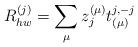
LaTeX: \begin{align*}R_{hw}^{(j)}=\sum_{\mu} z_j^{(\mu)}t_{(\mu)}^{j,-j}\end{align*}